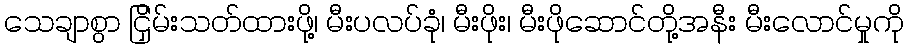
သေချာစွာ ငြှိမ်းသတ်ထားဖို့၊ မီးပလပ်ခုံ၊ မီးဖိုး၊ မီးဖိုဆောင်တို့အနီး မီးလောင်မှုကို